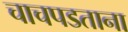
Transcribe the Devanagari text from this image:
चाचपडताना